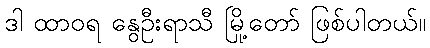
ဒါ ထာဝရ နွေဦးရာသီ မြို့တော် ဖြစ်ပါတယ်။